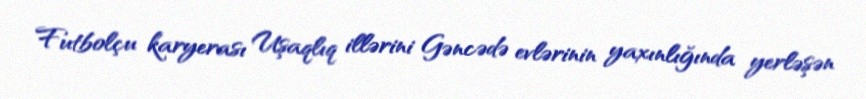
Futbolçu karyerası Uşaqlıq illərini Gəncədə evlərinin yaxınlığında yerləşən